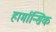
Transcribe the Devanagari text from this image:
हार्मान्सिक